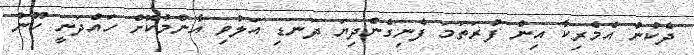
ދެކުނު އެމެރިކާ އިން ފުރަތަމަ ފެނިގެންދިޔަ ދަނޑި އަލުވި އާންމުކޮށް ހައްދަނީ ހޫނު